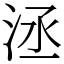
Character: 洆